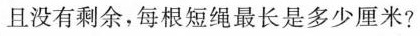
且没有剩余，每根短绳最长是多少厘米?